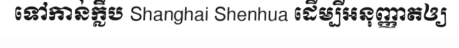
ទៅកាន់ក្លឹប Shanghai Shenhua ដើម្បីអនុញ្ញាតឲ្យ